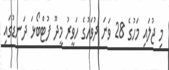
މި ޖުލައި މަހުގެ 28 ވަނަ ދުވަހުގެ ހަވީރު މީދޫ ފުޓްބޯޅަ ދަނޑުގައި